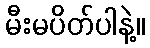
မီးမပိတ်ပါနဲ့။